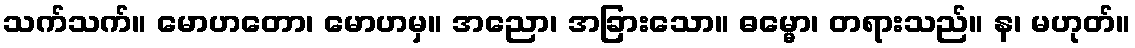
သက်သက်။ မောဟတော၊ မောဟမှ။ အညော၊ အခြားသော။ ဓမ္မော၊ တရားသည်။ န၊ မဟုတ်။